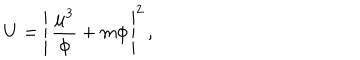
U = \left| \, \frac { \mu ^ { 3 } } { \phi } + m \phi \, \right| ^ { 2 } \, ,